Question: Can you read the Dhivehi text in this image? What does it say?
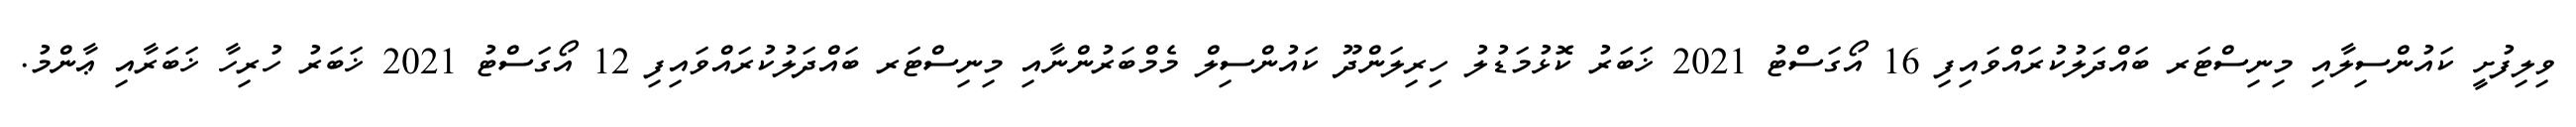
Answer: ވިލިފުށީ ކައުންސިލާއި މިނިސްޓަރ ބައްދަލުކުރައްވައިފި 16 އޯގަސްޓު 2021 ޚަބަރު ކޮޅުމަޑުލު ހިރިލަންދޫ ކައުންސިލް މެމްބަރުންނާއި މިނިސްޓަރ ބައްދަލުކުރައްވައިފި 12 އޯގަސްޓު 2021 ޚަބަރު ހުރިހާ ޚަބަރާއި ޢާންމު.